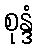
စုန္ဒံ